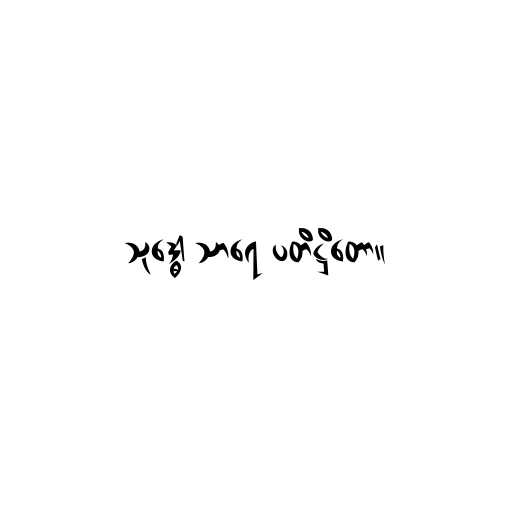
သုဒ္ဓေါ သာရေ ပတိဋ္ဌိတော။